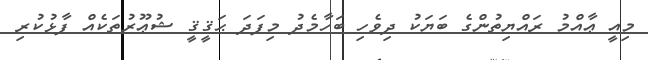
މިއީ ޢާއްމު ރައްޔިތުންގެ ބަޔަކު ދިވެހި ބަހާމެދު މިފަދަ ޙަޤީޤީ ޝުޢޫރުތަކެއް ފާޅުކުރި